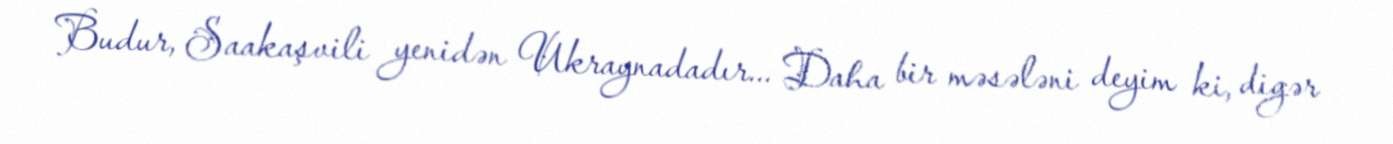
Budur, Saakaşvili yenidən Ukraynadadır... Daha bir məsələni deyim ki, digər